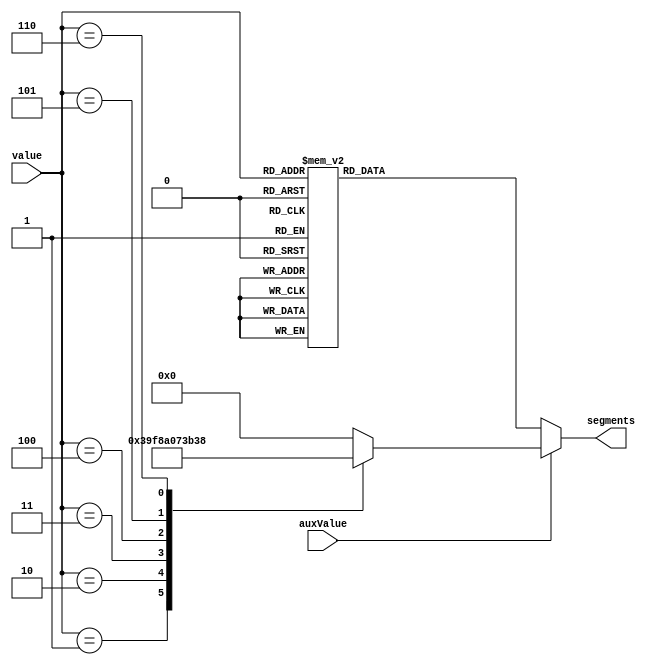
module TubeROM (
    input wire[3:0] value,
    input wire auxValue,
    output reg[6:0] segments
    );

always @ (*) begin
    if (auxValue) begin
        case (value)
            4'h0: segments = 7'h00; // Empty
            4'h1: segments = 7'h73; // P
            4'h2: segments = 7'h78; // T
            4'h3: segments = 7'h50; // R
            4'h4: segments = 7'h1C; // V
            4'h5: segments = 7'h76; // H
            4'h6: segments = 7'h38; // L
            default: segments = 7'b0;
        endcase
    end
    else begin 
        case (value)
            4'h0: segments = 7'h3F; // 0
            4'h1: segments = 7'h06; // 1
            4'h2: segments = 7'h5B; // 2
            4'h3: segments = 7'h4F; // 3
            4'h4: segments = 7'h66; // 4
            4'h5: segments = 7'h6D; // 5
            4'h6: segments = 7'h7D; // 6
            4'h7: segments = 7'h07; // 7
            4'h8: segments = 7'h7F; // 8
            4'h9: segments = 7'h6F; // 9
            4'hA: segments = 7'h77; // A
            4'hB: segments = 7'h7C; // B
            4'hC: segments = 7'h39; // C
            4'hD: segments = 7'h5E; // D
            4'hE: segments = 7'h79; // E
            4'hF: segments = 7'h71; // F
            default: segments = 7'b0;
        endcase
    end
end
endmodule